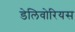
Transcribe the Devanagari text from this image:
डेलिवोरियस